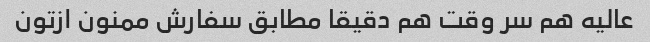
عالیه هم سر وقت هم دقیقا مطابق سفارش ممنون ازتون